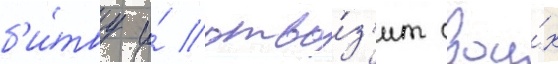
б'и́тву и́ отво́з'ит свои́х